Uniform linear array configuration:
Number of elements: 64
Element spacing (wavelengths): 0.5
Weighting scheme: uniform
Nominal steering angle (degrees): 0
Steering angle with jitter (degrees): -0.1169
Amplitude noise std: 0.05
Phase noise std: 0.05

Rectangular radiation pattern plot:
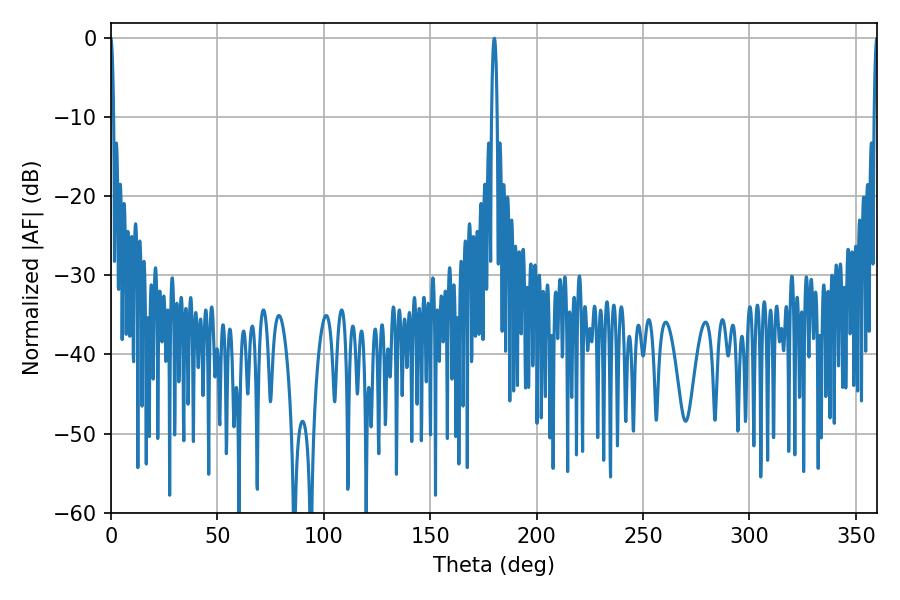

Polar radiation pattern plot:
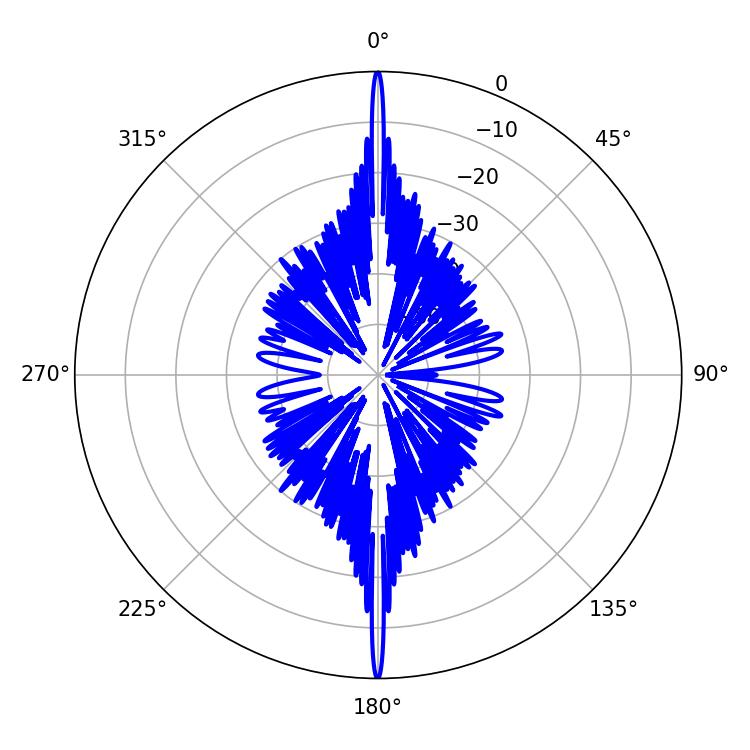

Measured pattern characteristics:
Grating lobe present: FALSE
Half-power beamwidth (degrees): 0.9
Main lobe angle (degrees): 359.82